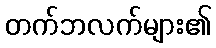
တက်ဘလက်များ၏